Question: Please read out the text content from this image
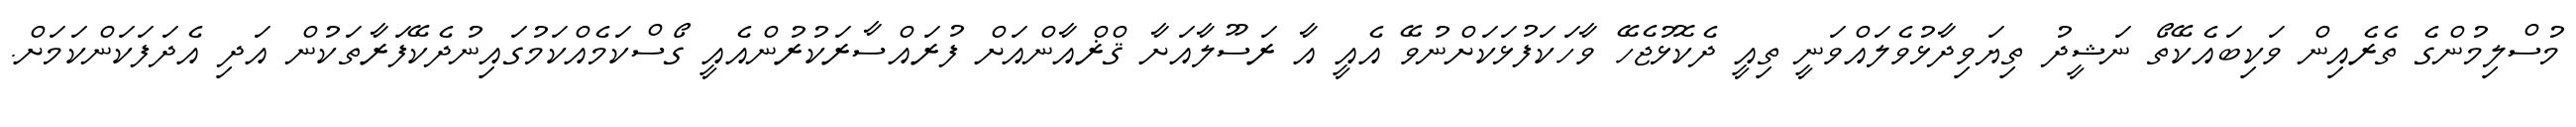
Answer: މުސްލިމުންގެ ތެރެއިން ވަކިބައެކޭތޯ ނަޝީދު ތިޔަވިދާޅުވެލައްވަނީ ތިއީ ދެކޮޅުޖެހޭ ވާހަކަފުޅަކަށްނުވޭ އެއީ އާ ރަސޫލާއަށާ ޤްޜްއާންއަށް ފުރައްސާރަކުރުންއެއީ ގޯސްކަމެއްކަމުގައިނުދެކޭފަރާތަކުން އަދި އެދަފަކަންކަމަށް.